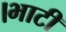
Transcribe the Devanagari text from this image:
।भाटी